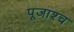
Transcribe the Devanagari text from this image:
पूजाश्‍च